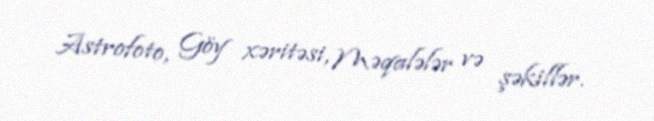
Astrofoto, Göy xəritəsi, Məqalələr və şəkillər.